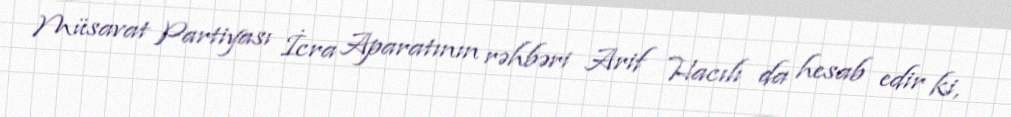
Müsavat Partiyası İcra Aparatının rəhbəri Arif Hacılı da hesab edir ki,